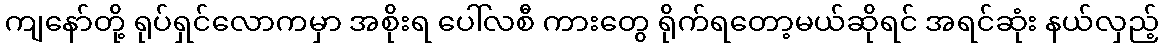
ကျနော်တို့ ရုပ်ရှင်လောကမှာ အစိုးရ ပေါ်လစီ ကားတွေ ရိုက်ရတော့မယ်ဆိုရင် အရင်ဆုံး နယ်လှည့်